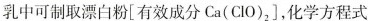
乳中可制取漂白粉[有效成分Ca(ClO)_{2}]，化学方程式